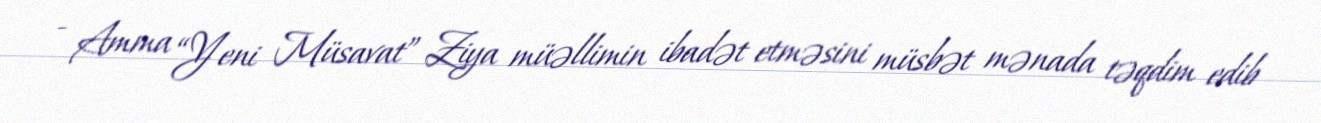
- Amma “Yeni Müsavat” Ziya müəllimin ibadət etməsini müsbət mənada təqdim edib